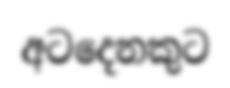
අටදෙනකුට